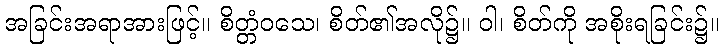
အခြင်းအရာအားဖြင့်။ စိတ္တံဝသေ၊ စိတ်၏အလို၌။ ဝါ၊ စိတ်ကို အစိုးရခြင်း၌။